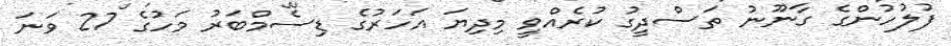
ފުލުހުންގެ ގާނޫނު ތަސްދީގު ކުރެއްވީ މިދިޔަ އަހަރުގެ ޑިސެމްބަރު މަހުގެ 27 ވަނަ